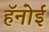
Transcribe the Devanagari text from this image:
हॅनोई